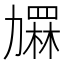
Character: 𱐶